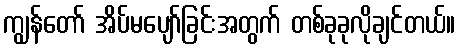
ကျွန်တော် အိပ်မပျော်ခြင်းအတွက် တစ်ခုခုလိုချင်တယ်။